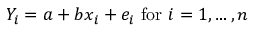
Y _ { i } = a + b x _ { i } + e _ { i } { \mathrm { ~ f o r ~ } } i = 1 , \dots , n